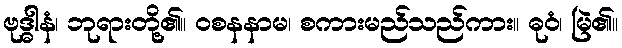
ဗုဒ္ဓါနံ၊ ဘုရားတို့၏။ ဝစနနာမ၊ စကားမည်သည်ကား။ ဓုဝံ၊ မြဲ၏။